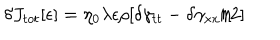
LaTeX: \delta J _ { t o t } [ \epsilon ] = \eta _ { 0 } \lambda \epsilon \rho [ \delta \gamma _ { t t } - \delta \gamma _ { x x } / 2 ]